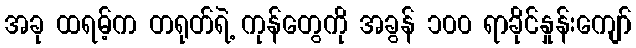
အခု ထရမ့်က တရုတ်ရဲ့ ကုန်တွေကို အခွန် ၁၀၀ ရာခိုင်နှုန်းကျော်